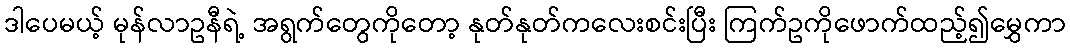
ဒါပေမယ့် မုန်လာဥနီရဲ့ အရွက်တွေကိုတော့ နုတ်နုတ်ကလေးစင်းပြီး ကြက်ဥကိုဖောက်ထည့်၍မွှေကာ